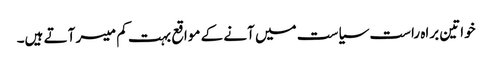
خواتین براہ راست سیاست میں آنے کے مواقع بہت کم میسر آتے ہیں۔